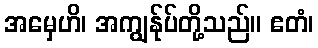
အမှေဟိ၊ အကျွန်ုပ်တို့သည်။ ဧတံ၊